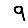
Digit: 9